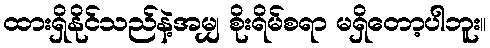
ထားရှိနိုင်သည်နဲ့အမျှ စိုးရိမ်စရာ မရှိတော့ပါဘူး။